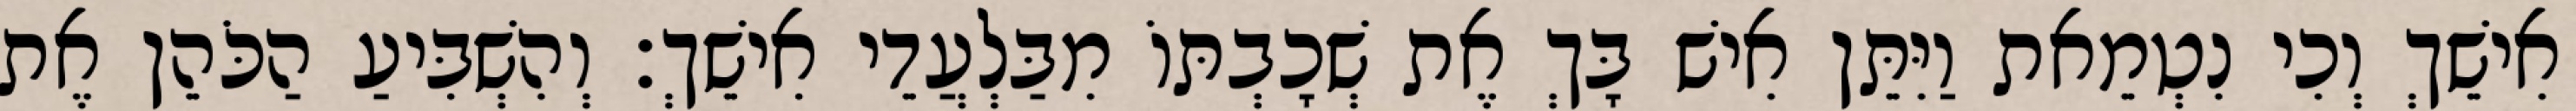
אִישֵׁךְ וְכִי נִטְמֵאת וַיִּתֵּן אִישׁ בָּךְ אֶת שְׁכָבְתּוֹ מִבַּלְעֲדֵי אִישֵׁךְ׃ וְהִשְׁבִּיעַ הַכֹּהֵן אֶת